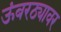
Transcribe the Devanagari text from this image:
ऊंबरठ्यावर